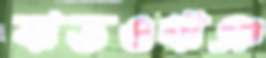
ঝডওঋঞ